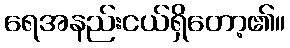
ရေအနည်းငယ်ရှိတော့၏။